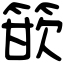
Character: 篏